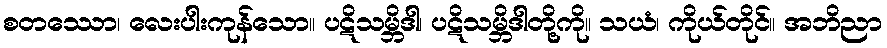
စတဿော၊ လေးပါးကုန်သော။ ပဋိသမ္ဘိဒါ၊ ပဋိသမ္ဘိဒါတို့ကို။ သယံ၊ ကိုယ်တိုင်။ အဘိညာ